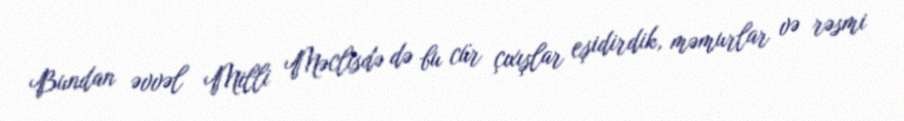
Bundan əvvəl Milli Məclisdə də bu cür çıxışlar eşidirdik, məmurlar və rəsmi